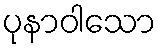
ပုနာဝါသော